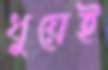
ধুয়েই